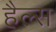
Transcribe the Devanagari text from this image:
हैल्स